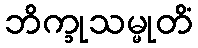
ဘိက္ခုသမ္မုတိံ